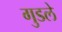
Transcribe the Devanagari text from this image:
गुडले